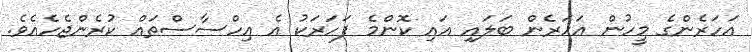
އަހަރެންގެ މީހުން އަހަރެން ބަލައި އައި ކޮންމެ ފަހަރަކު އެ އިހްސާސްތައް ކުރެންޖެހެއެވެ.